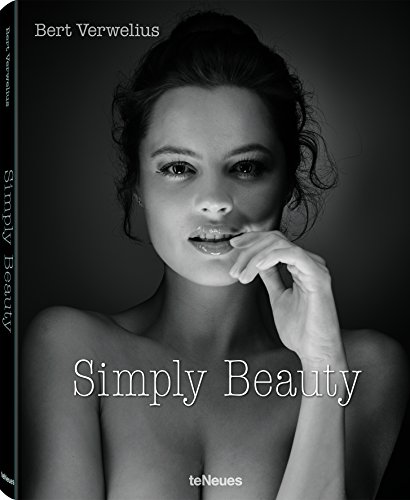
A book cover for Simply Beauty; Arts & Photography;